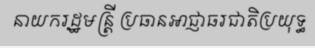
នាយករដ្ឋមន្ត្រី ប្រធានអាជ្ញាធរជាតិប្រយុទ្ធ